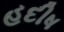
હદીષ